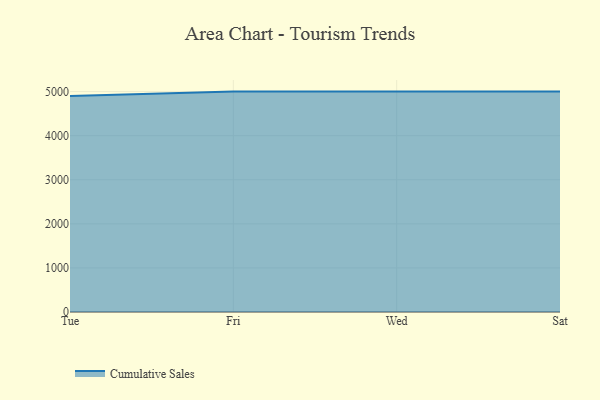
{"axis": {"x": "Day", "y": "Page Views"}, "legend": ["Cumulative Sales"], "data": [{"x": "Tue", "y": 4898.4, "type": "Cumulative Sales"}, {"x": "Fri", "y": 5000, "type": "Cumulative Sales"}, {"x": "Wed", "y": 5000, "type": "Cumulative Sales"}, {"x": "Sat", "y": 5000, "type": "Cumulative Sales"}]}